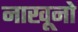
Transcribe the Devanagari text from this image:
नाखूनो